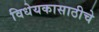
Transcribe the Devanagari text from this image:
विधेयकासाठीचे